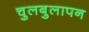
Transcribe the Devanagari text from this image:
चुलबुलापन